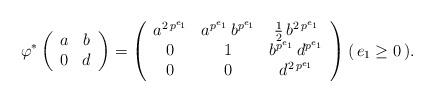
LaTeX: \begin{align*} \varphi^*\left(\begin{array}{c c} a & b \\ 0 & d \end{array}\right) & =\left(\begin{array}{c c c} a^{2 \, p^{e_1}} & a^{p^{e_1}} \, b^{p^{e_1}} & \frac{1}{2} \, b^{2 \, p^{e_1}} \\ 0 & 1 & b^{p^{e_1}} \, d^{p^{e_1}} \\ 0 & 0 & d^{2 \, p^{e_1}} \end{array} \right) (\, e_1 \geq 0 \, ) . \end{align*}